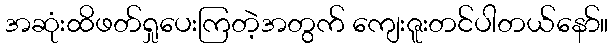
အဆုံးထိဖတ်ရှုပေးကြတဲ့အတွက် ကျေးဇူးတင်ပါတယ်နော်။